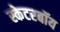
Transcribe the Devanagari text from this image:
स्केटरबॉय